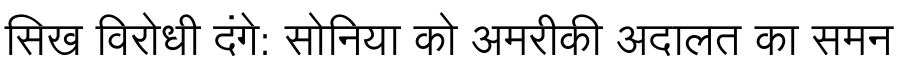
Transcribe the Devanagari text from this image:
सिख विरोधी दंगे: सोनिया को अमरीकी अदालत का समन